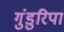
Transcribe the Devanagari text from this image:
गुंडुरिपा